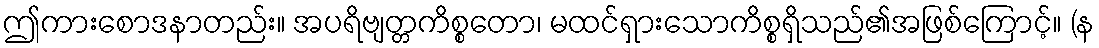
ဤကားစောဒနာတည်း။ အပရိဗျတ္တကိစ္စတော၊ မထင်ရှားသောကိစ္စရှိသည်၏အဖြစ်ကြောင့်။ (န